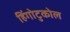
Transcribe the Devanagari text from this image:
हिंगोटुकोल